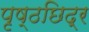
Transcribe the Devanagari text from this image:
पृष्ठछिद्र